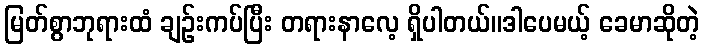
မြတ်စွာဘုရားထံ ချဉ်းကပ်ပြီး တရားနာလေ့ ရှိပါတယ်။ဒါပေမယ့် ခေမာဆိုတဲ့